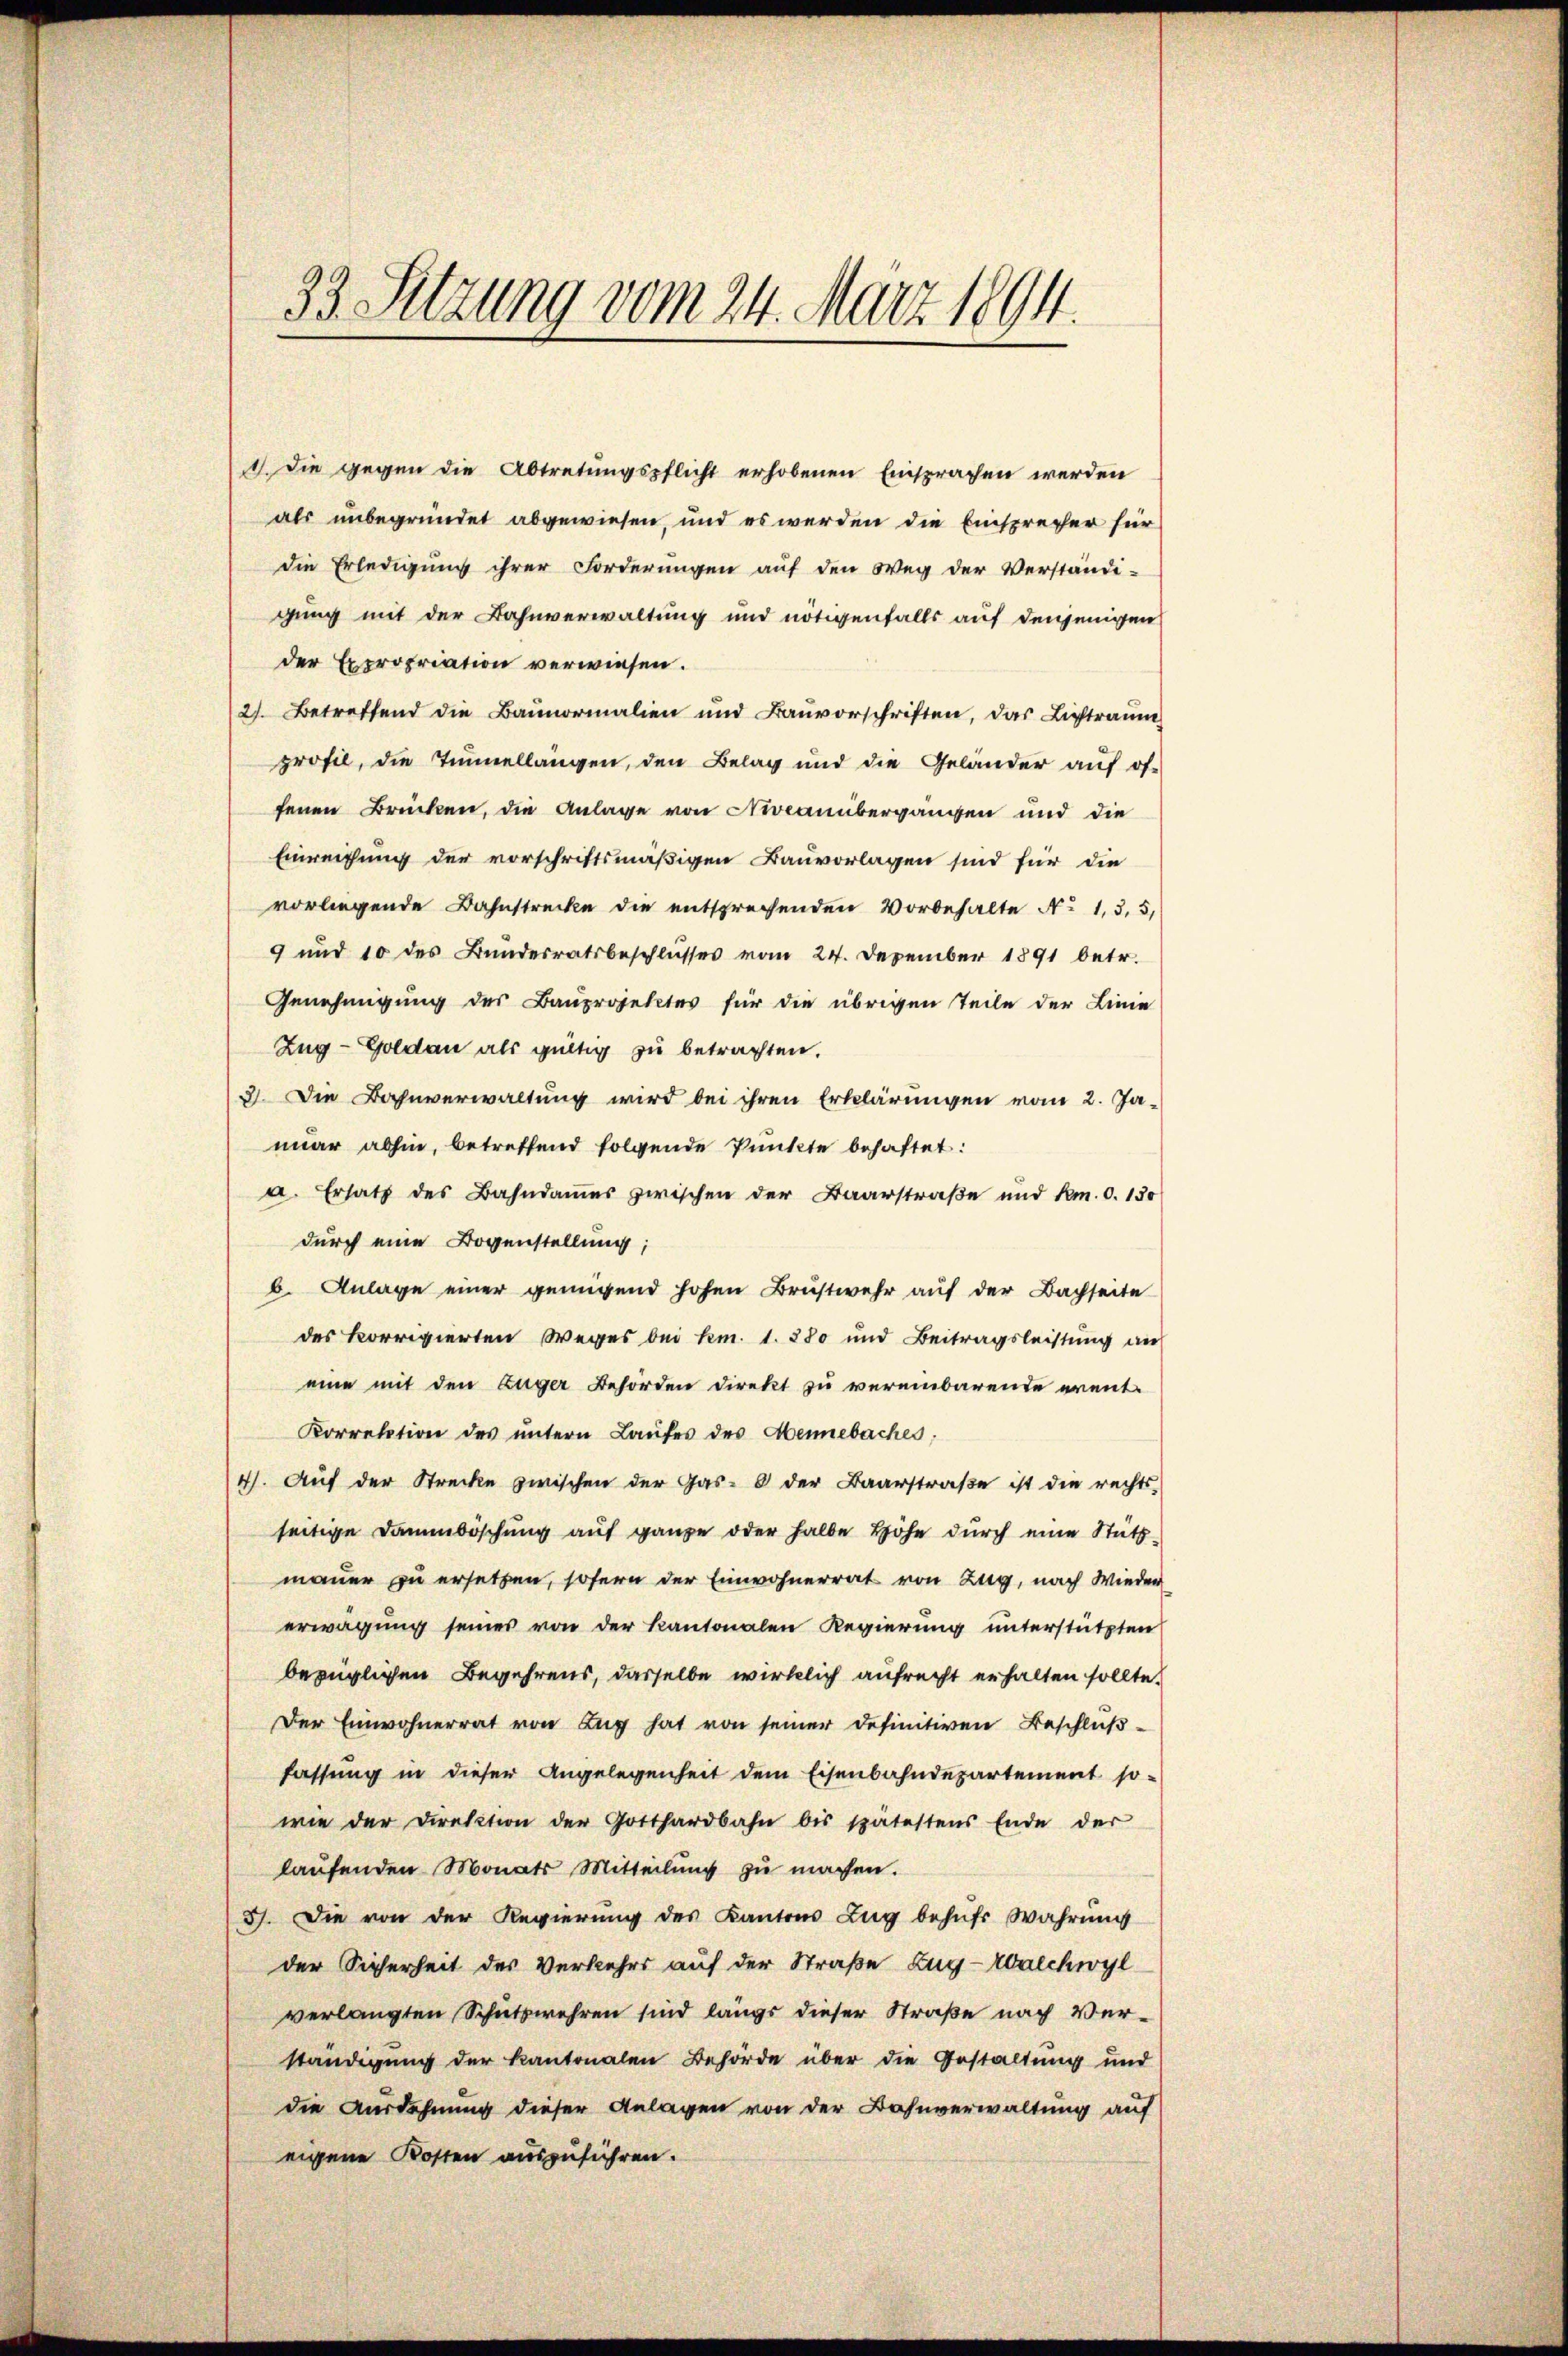
33. Setzung vom 24. März 1894.

1. Die gegen die Abtretungspflicht erhobenen Einsprachen werden
als unbegründet abgewiesen, und es werden die Einsprecher für
die Erledigung ihrer Forderungen auf den Weg der Verständi-
gung mit der Bahnverwaltung und nötigenfalls auf denjenigen
der Expropriation verwiesen.
27. Betreffend die Baunormalien und Baŭvorschriften, das Lichtraŭm
profil, die Tinellangen, den Belag und die Geländer auf of-
fenen Brücken, die Anlage von Niveauübergängen und die
Einreichung der vorschriftsmäßigen Bauvorlagen sind für die
vorliegende Bahnstrecke die entsprechenden Vorbehalte No 1, 3, 5,
9 und 10 des Bundesratsbeschlusses vom 24. Dezember 1891 betr.
Genehmigung des Bauprojektes für die übrigen Teile der Linie
Zug–Goldau als gültig zu betrachten.
3. Die Bahnverwaltung wird bei ihren Erklärungen vom 2. Ja-
nuar abhin, betreffend folgende Punkte behaftet:
a. Ersatz des Bahndammes zwischen der Baarstraße und km. 0. 130
durch eine Bogenstellung;
b. Anlage einer genügend hohen Brustwehr auf der Bachseite
des korrigierten Weges bei km. 1. 280 und Beitragsleistung an
eine mit den Zuger Behörden direkt zu vereinbarende erent-
Korrektion des untern Laufes des Mennebaches,
4). Auf der Strecke zwischen der Gas- der Baarstraße ist die rechts-
seitige Dammböschung auf ganze oder halbe Höhe durch eine Stütz-
mauer zu ersetzen, sofern der Einwohnerrat von Zug, nach Wieder
erwägung seines von der Kantonalen Regierung unterstützten
bezüglichen Begehrens, dasselbe wirklich aufrecht erhalten sollte.
Der Einwohnerrat von Zug hat von seiner definitiven Beschlußfassung in dieser Angelegenheit dem Eisenbahndepartement sowie der Direktion der Gotthardbahn bis spätestens Ende der
laufenden Monats Mitteilŭng zŭ machen.
3). Die von der Regierung des Kantons Zug behufs Wahrung
der Sicherheit des Verkehrs auf der Straße Zug-Walchwyl
verlangten Schutzwehren sind längs dieser Straße nach Verständigung der Kantonalen Behörde über die Gestaltung und
die Ausdehnung dieser Anlagen von der Bahnverwaltung auf
eigene Kosten auszuführen.